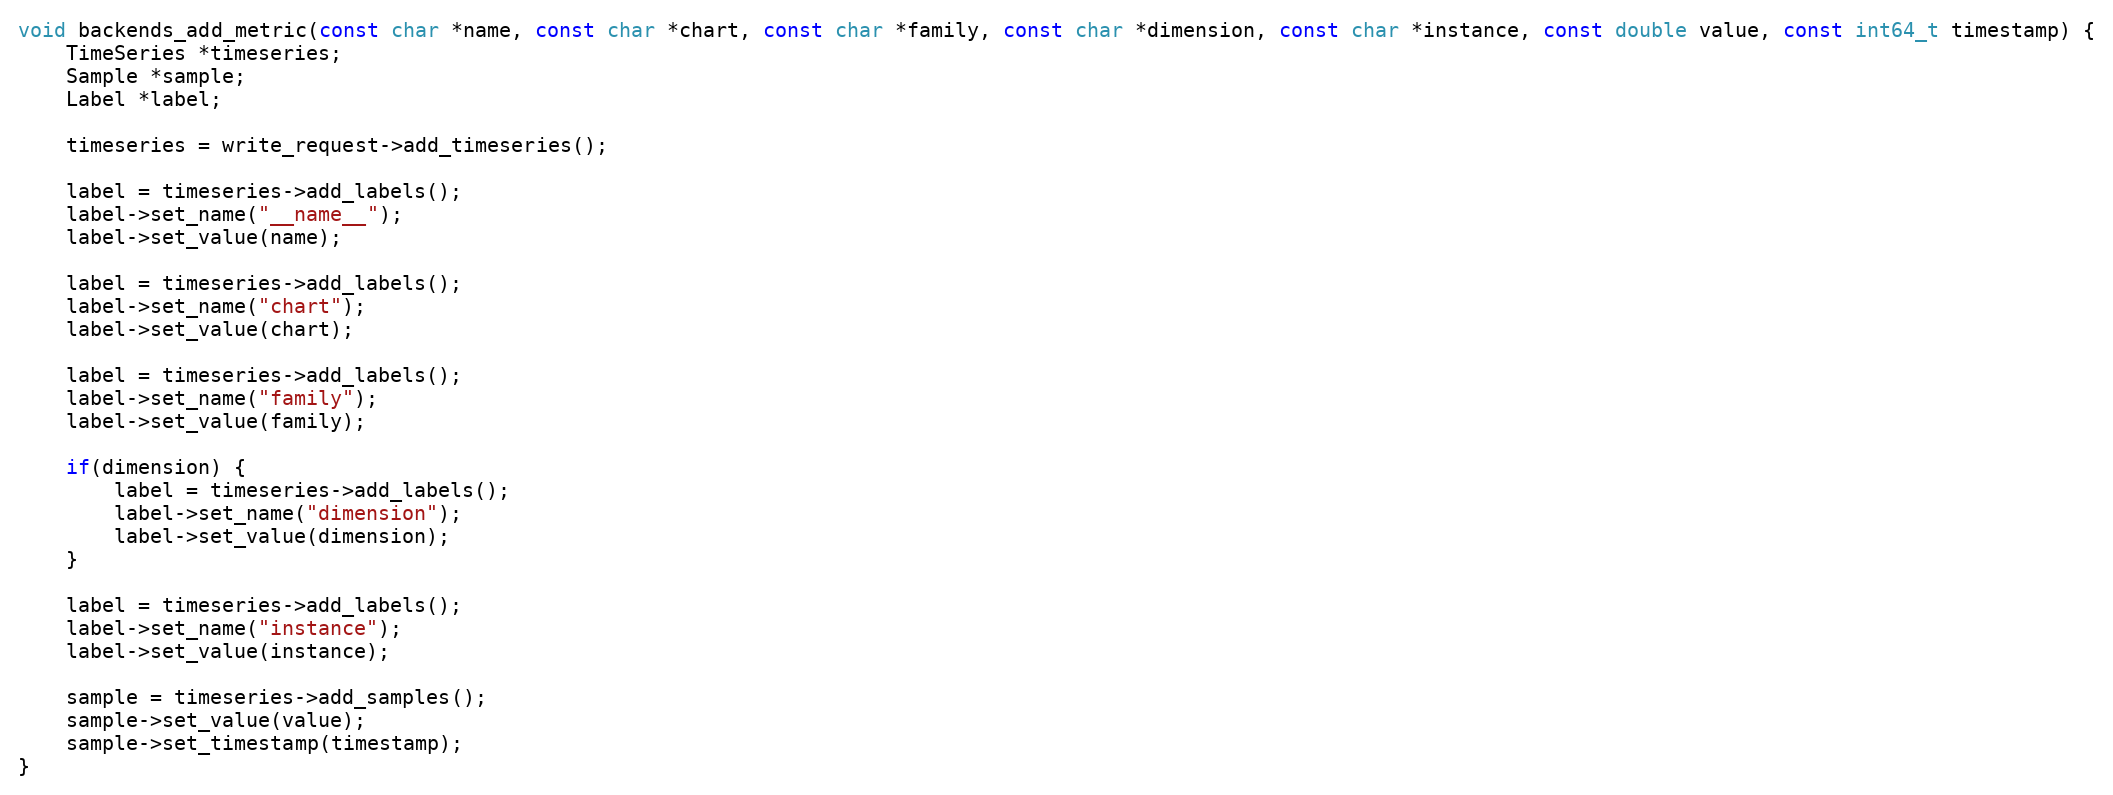
Language: C++
void backends_add_metric(const char *name, const char *chart, const char *family, const char *dimension, const char *instance, const double value, const int64_t timestamp) {
    TimeSeries *timeseries;
    Sample *sample;
    Label *label;

    timeseries = write_request->add_timeseries();

    label = timeseries->add_labels();
    label->set_name("__name__");
    label->set_value(name);

    label = timeseries->add_labels();
    label->set_name("chart");
    label->set_value(chart);

    label = timeseries->add_labels();
    label->set_name("family");
    label->set_value(family);

    if(dimension) {
        label = timeseries->add_labels();
        label->set_name("dimension");
        label->set_value(dimension);
    }

    label = timeseries->add_labels();
    label->set_name("instance");
    label->set_value(instance);

    sample = timeseries->add_samples();
    sample->set_value(value);
    sample->set_timestamp(timestamp);
}